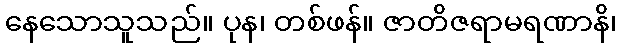
နေသောသူသည်။ ပုန၊ တစ်ဖန်။ ဇာတိဇရာမရဏာနိ၊